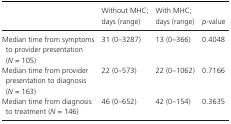
<table><thead><tr><td></td><td><b>Without MHC; days (range)</b></td><td><b>With MHC; days (range)</b></td><td><b><i>p</i>-value</b></td></tr></thead><tbody><tr><td>Median time from symptoms to provider presentation (<i>N</i> = 105)</td><td>31 (0–3287)</td><td>13 (0–366)</td><td>0.4048</td></tr><tr><td>Median time from provider presentation to diagnosis (<i>N</i> = 163)</td><td>22 (0–573)</td><td>22 (0–1062)</td><td>0.7166</td></tr><tr><td>Median time from diagnosis to treatment (<i>N</i> = 146)</td><td>46 (0–652)</td><td>42 (0–154)</td><td>0.3635</td></tr></tbody></table>